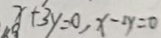
x + 3 y = 0 , x - 2 y = 0